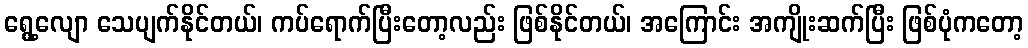
ရွေ့လျော သေပျက်နိုင်တယ်၊ ကပ်ရောက်ပြီးတော့လည်း ဖြစ်နိုင်တယ်၊ အကြောင်း အကျိုးဆက်ပြီး ဖြစ်ပုံကတော့